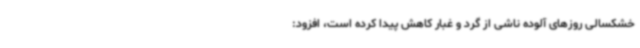
خشکسالی روزهای آلوده ناشی از گرد و غبار کاهش پیدا کرده است، افزود: